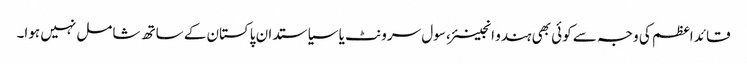
قائد اعظم کی وجہ سے کوئی بھی ہندو انجینئر، سول سرونٹ یا سیاستدان پاکستان کے ساتھ شامل نہیں ہوا۔